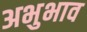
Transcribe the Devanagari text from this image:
अभुभाव